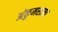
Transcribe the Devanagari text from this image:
अंकुमराजा